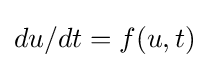
du/dt=f(u,t)